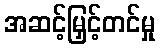
အဆင့်မြှင့်တင်မှု